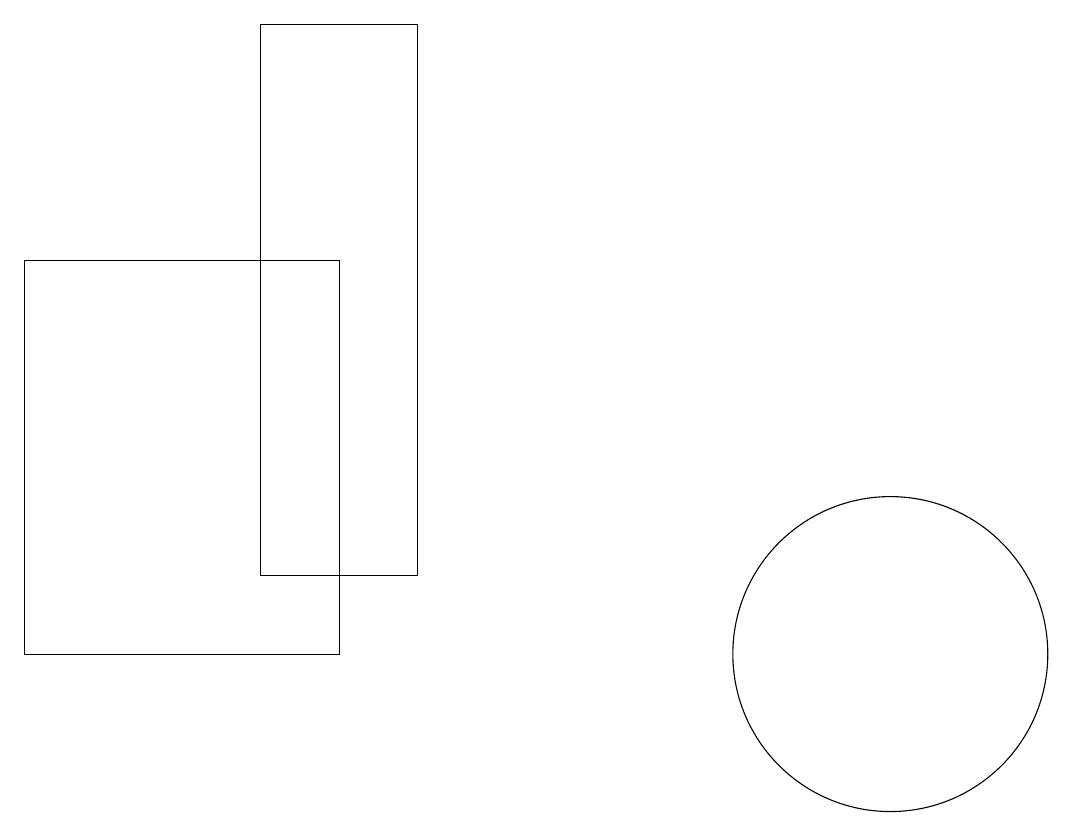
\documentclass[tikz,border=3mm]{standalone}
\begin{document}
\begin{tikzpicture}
\draw (0,10) rectangle (4,15);
\draw (3,18) rectangle (5,11);
\draw (11,10) circle (2);
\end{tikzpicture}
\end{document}